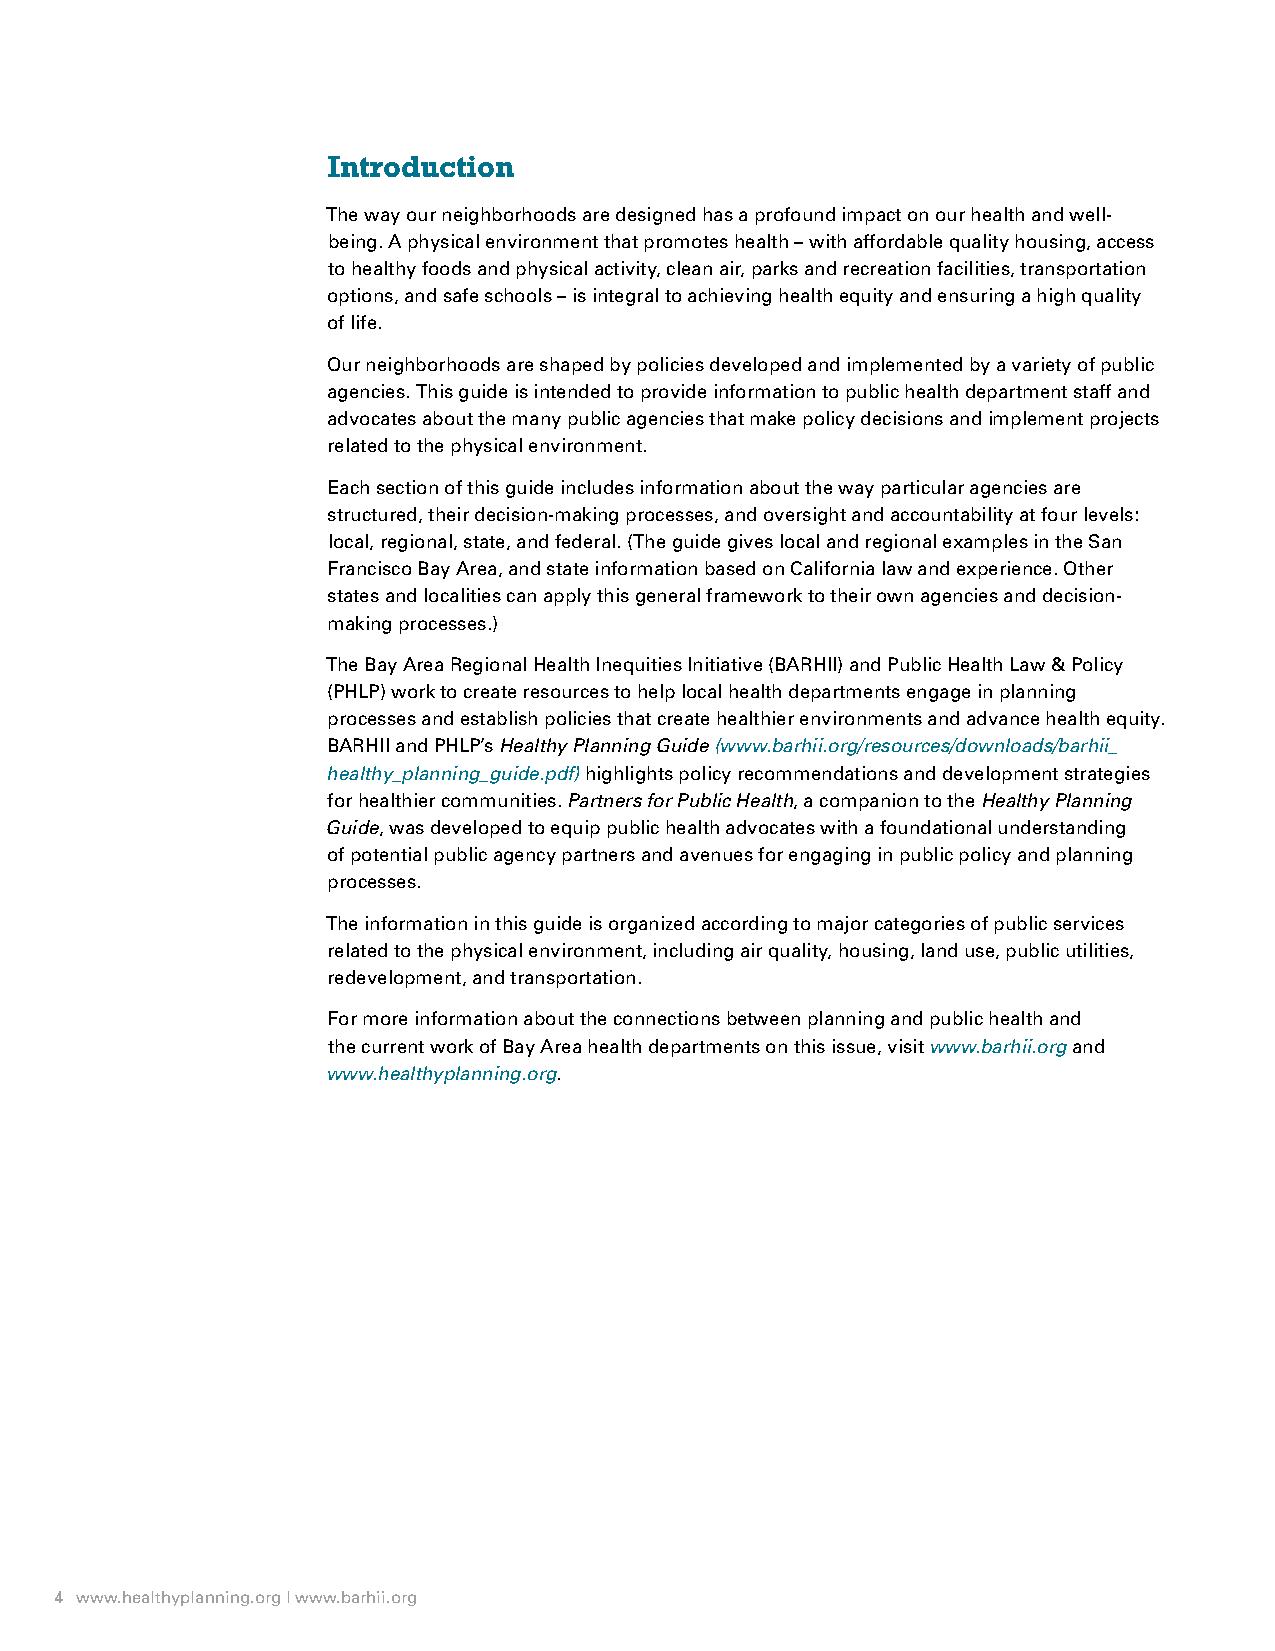
Introduction
 Introduction
 The way our neighborhoods are designed has a profound impact on our health and well-
 being. A physical environment that promotes health – with affordable quality housing, access
 to healthy foods and physical activity, clean air, parks and recreation facilities, transportation
 options, and safe schools – is integral to achieving health equity and ensuring a high quality
 of life.
 Our neighborhoods are shaped by policies developed and implemented by a variety of public
 agencies. This guide is intended to provide information to public health department staff and
 advocates about the many public agencies that make policy decisions and implement projects
 related to the physical environment.
 Each section of this guide includes information about the way particular agencies are
 structured, their decision-making processes, and oversight and accountability at four levels:
 local, regional, state, and federal. (The guide gives local and regional examples in the San
 Francisco Bay Area, and state information based on California law and experience. Other
 states and localities can apply this general framework to their own agencies and decision-
 making processes.)
 The Bay Area Regional Health Inequities Initiative (BARHII) and Public Health Law & Policy
 (PHLP) work to create resources to help local health departments engage in planning
 processes and establish policies that create healthier environments and advance health equity.
 BARHII and PHLP’s Healthy Planning Guide (www.barhii.org/resources/downloads/barhii_
 healthy_planning_guide.pdf) highlights policy recommendations and development strategies
 for healthier communities. Partners for Public Health, a companion to the Healthy Planning
 Guide, was developed to equip public health advocates with a foundational understanding
 of potential public agency partners and avenues for engaging in public policy and planning
 processes.
 The information in this guide is organized according to major categories of public services
 related to the physical environment, including air quality, housing, land use, public utilities,
 redevelopment, and transportation.
 For more information about the connections between planning and public health and
 the current work of Bay Area health departments on this issue, visit www.barhii.org and
 www.healthyplanning.org.
 4 www.healthyplanning.org | www.barhii.org